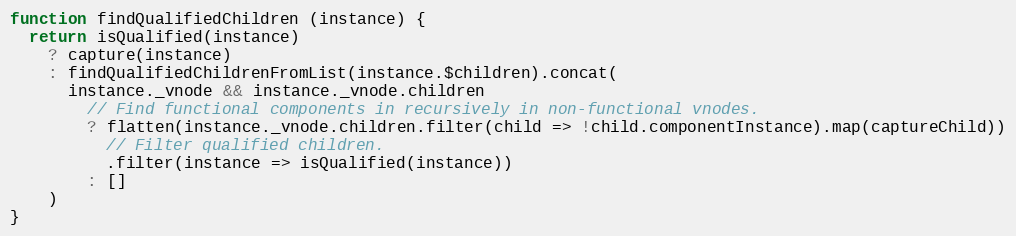
Language: JavaScript
function findQualifiedChildren (instance) {
  return isQualified(instance)
    ? capture(instance)
    : findQualifiedChildrenFromList(instance.$children).concat(
      instance._vnode && instance._vnode.children
        // Find functional components in recursively in non-functional vnodes.
        ? flatten(instance._vnode.children.filter(child => !child.componentInstance).map(captureChild))
          // Filter qualified children.
          .filter(instance => isQualified(instance))
        : []
    )
}